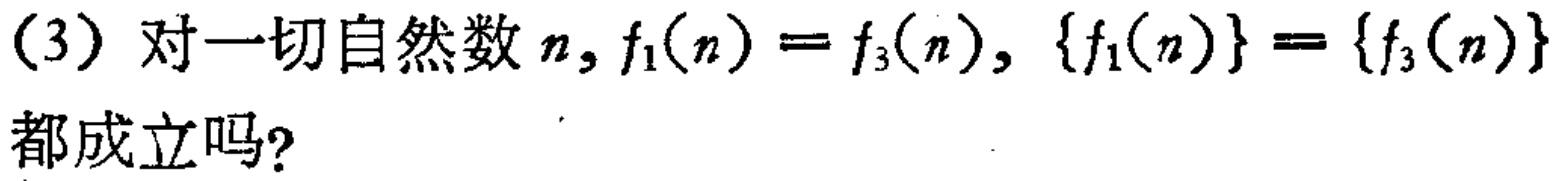
(3) 对一切自然数 \(n,f_{1}(n)=f_{3}(n), \{f_{1}(n)\}=\{f_{3}(n)\} \)都成立吗？